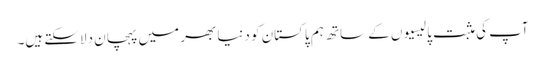
آپ کی مثبت پالیسیوں کے ساتھ ہم پاکستان کو دنیا بھر میں پہچان دلاسکتے ہیں۔